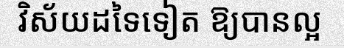
វិស័យដទៃទៀត ឱ្យបានល្អ